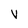
Character: V